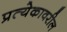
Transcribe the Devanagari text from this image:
प्रत्येकावरील